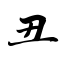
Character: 丑